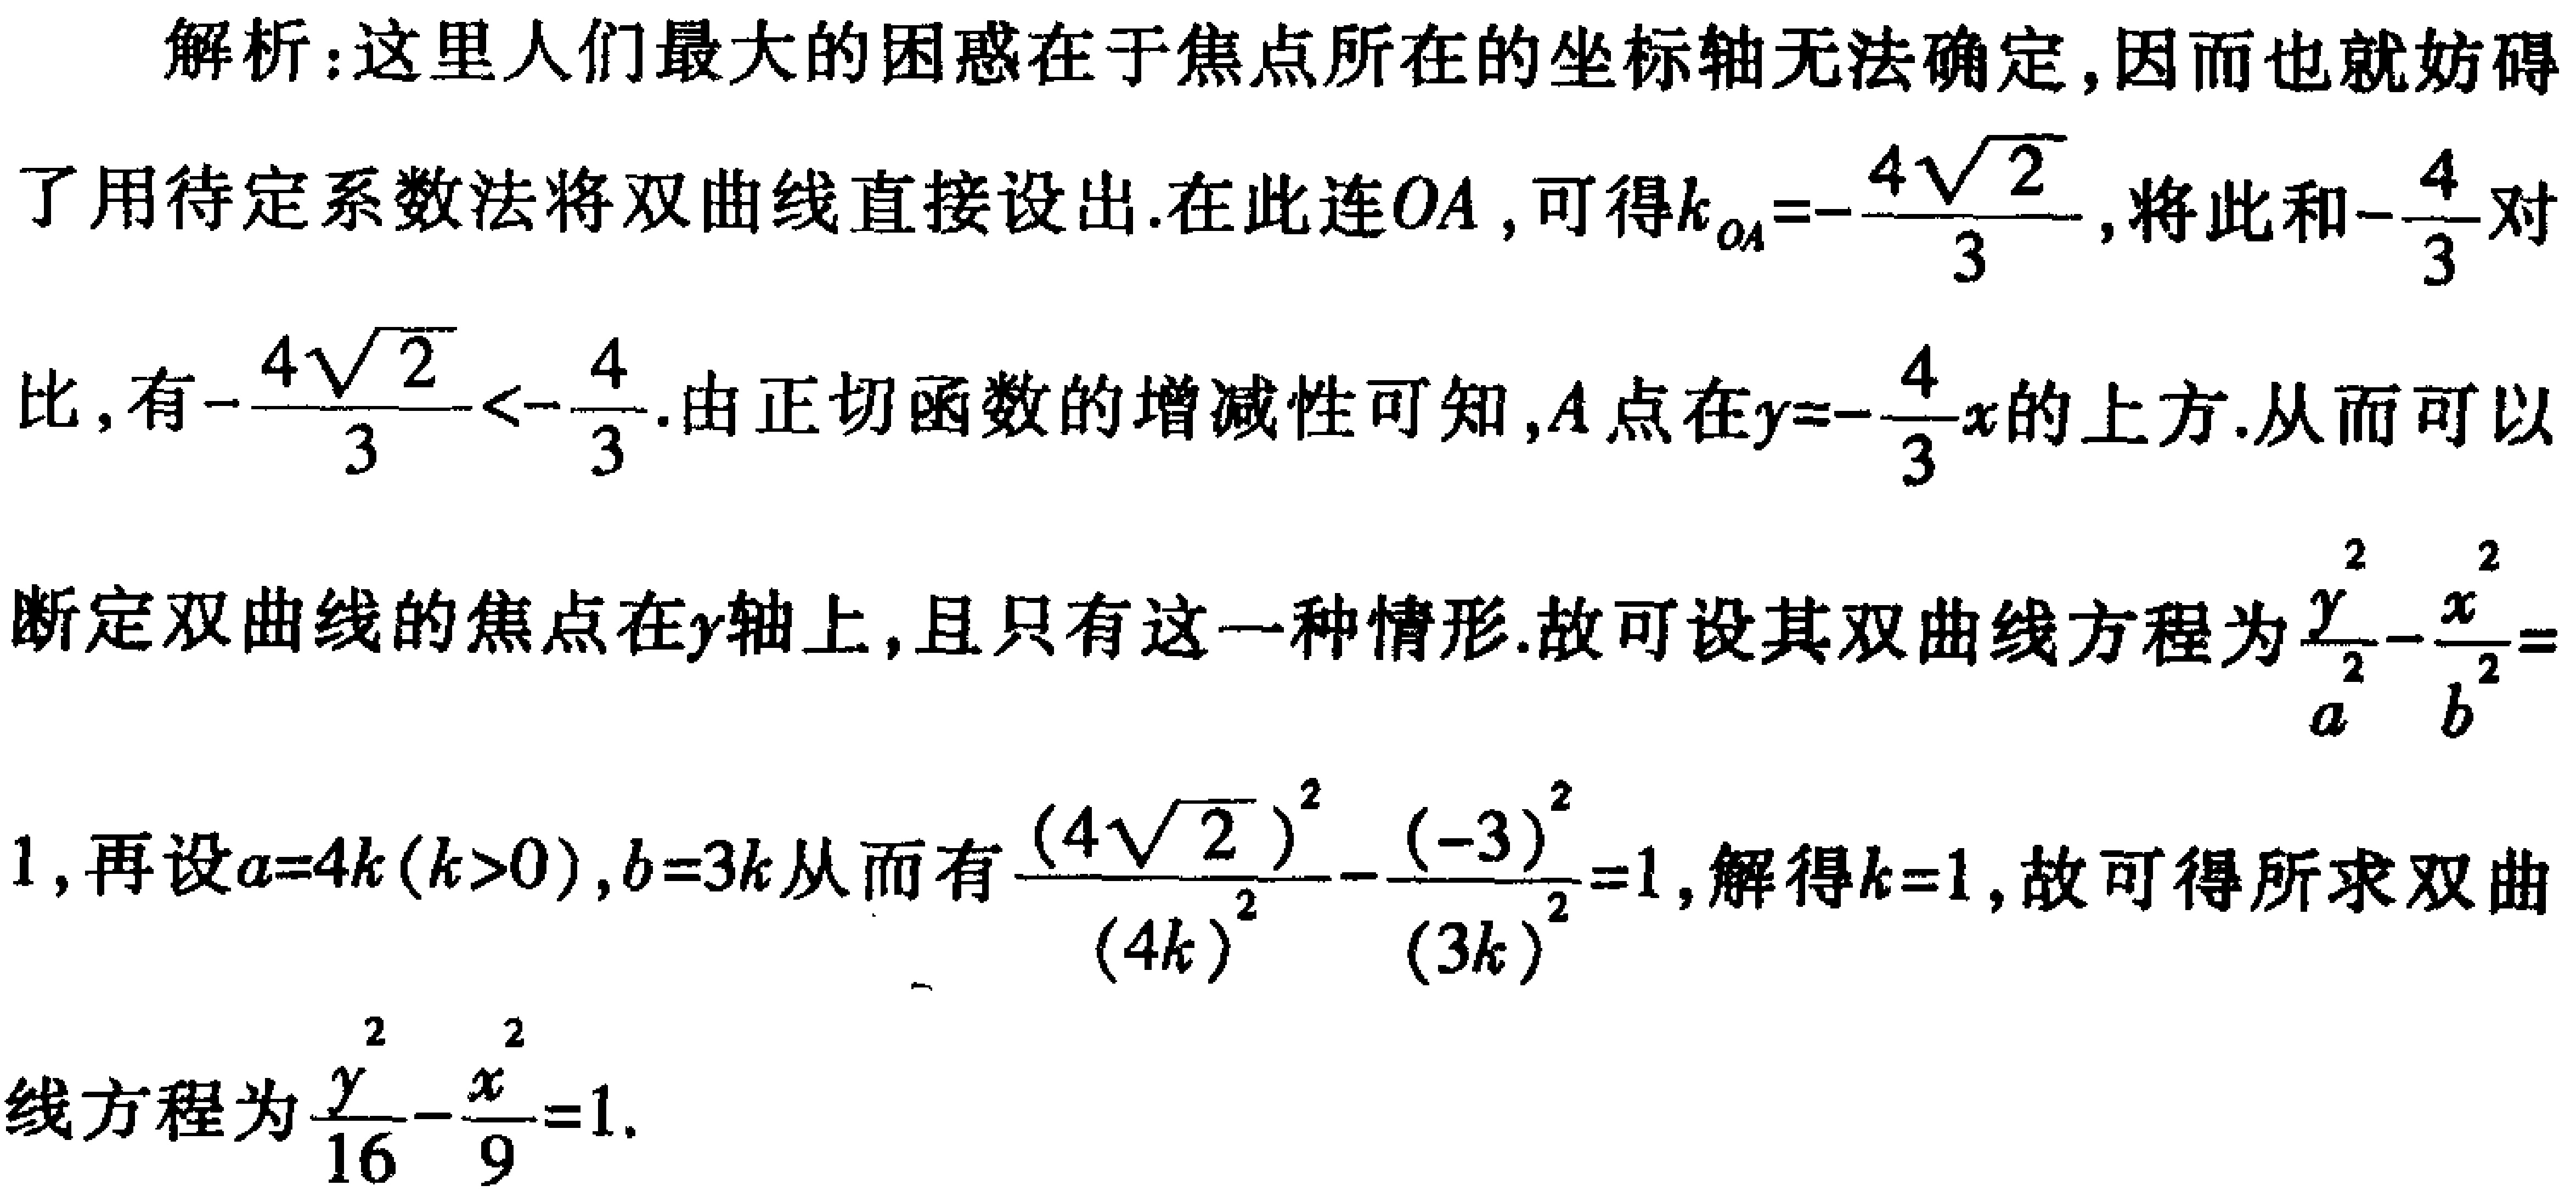
解析：这里人们最大的困惑在于焦点所在的坐标轴无法确定,因而也就妨碍了用待定系数法将双曲线直接设出.在此连\(OA\) ,可得\(k_{OA}=-\frac{4\sqrt{2}}{3}\),将此和\(-\frac{4}{3}\)对比,有\(-\frac{4\sqrt{2}}{3}<-\frac{4}{3}\).由正切函数的增减性可知,\(A\)点在\(y = -\frac{4}{3}x\)的上方.从而可以断定双曲线的焦点在\(y\)轴上,且只有这一种情形.故可设其双曲线方程为\(\frac{y^{2}}{a^{2}}-\frac{x^{2}}{b^{2}} = 1\),再设\(a = 4k(k>0)\),\(b = 3k\)从而有\(\frac{(4\sqrt{2})^{2}}{(4k)^{2}}-\frac{(-3)^{2}}{(3k)^{2}} = 1\),解得\(k = 1\),故可得所求双曲线方程为\(\frac{y^{2}}{16}-\frac{x^{2}}{9}=1\).